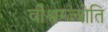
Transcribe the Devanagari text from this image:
वीश्वग्ज्योति